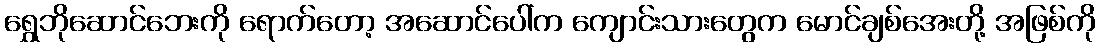
ရွှေဘိုဆောင်ဘေးကို ရောက်တော့ အဆောင်ပေါ်က ကျောင်းသားတွေက မောင်ချစ်အေးတို့ အဖြစ်ကို